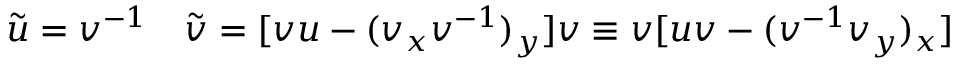
\tilde { u } = v ^ { - 1 } \quad \tilde { v } = [ v u - ( v _ { x } v ^ { - 1 } ) _ { y } ] v \equiv v [ u v - ( v ^ { - 1 } v _ { y } ) _ { x } ]